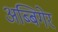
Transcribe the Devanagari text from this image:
अब्बिगेर